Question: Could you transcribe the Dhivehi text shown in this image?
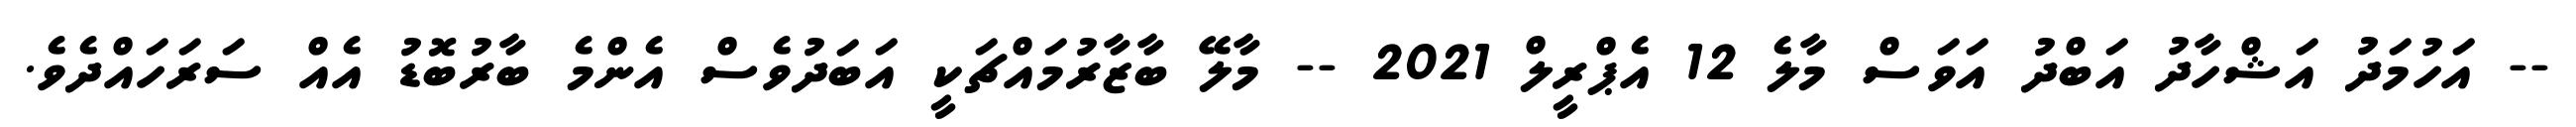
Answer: -- އަހުމަދު އަޝްހާދު އަބްދު އަވަސް މާލެ 12 އެޕްރީލް 2021 -- މާލޭ ބާޒާރުމައްޗަކީ އަބަދުވެސް އެންމެ ބާރުބޮޑު އެއް ސަރަހައްދެވެ.